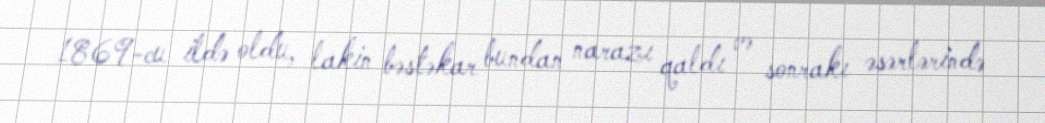
1869-cu ildə oldu, lakin bəstəkar bundan narazı qaldı və sonrakı əsərlərində